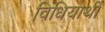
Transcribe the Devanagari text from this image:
विधियार्थी